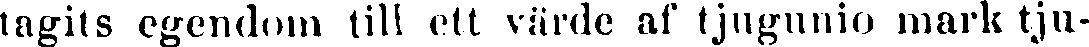
tagits egendom till ett värde af tjugunio mark tju-